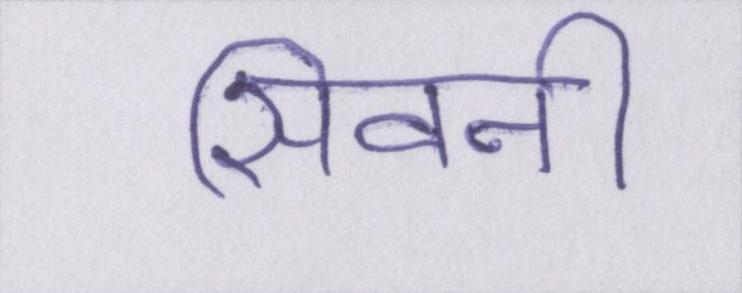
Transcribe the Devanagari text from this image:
सिवनी